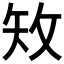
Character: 𥎪